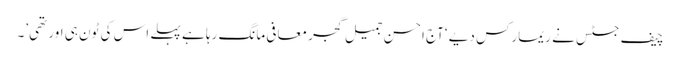
چیف جسٹس نے ریمارکس دیے ‘آج احسن جمیل گجر معافی مانگ رہا ہے پہلے اس کی ٹون ہی اور تھی’۔